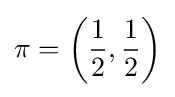
\pi =\left({\frac {1}{2}},{\frac {1}{2}}\right)